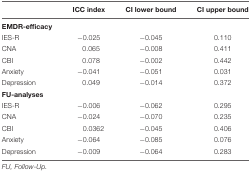
<table><thead><tr><td></td><td><b>ICC index</b></td><td><b>CI lower bound</b></td><td><b>CI upper bound</b></td></tr></thead><tbody><tr><td><b>EMDR-efficacy</b></td><td></td><td></td><td></td></tr><tr><td>IES-R</td><td>–0.025</td><td>–0.045</td><td>0.110</td></tr><tr><td>CNA</td><td>0.065</td><td>–0.008</td><td>0.411</td></tr><tr><td>CBI</td><td>0.078</td><td>–0.002</td><td>0.442</td></tr><tr><td>Anxiety</td><td>–0.041</td><td>–0.051</td><td>0.031</td></tr><tr><td>Depression</td><td>0.049</td><td>–0.014</td><td>0.372</td></tr><tr><td><b>FU-analyses</b></td><td></td><td></td><td></td></tr><tr><td>IES-R</td><td>–0.006</td><td>–0.062</td><td>0.295</td></tr><tr><td>CNA</td><td>–0.024</td><td>–0.070</td><td>0.235</td></tr><tr><td>CBI</td><td>0.0362</td><td>–0.045</td><td>0.406</td></tr><tr><td>Anxiety</td><td>–0.064</td><td>–0.085</td><td>0.076</td></tr><tr><td>Depression</td><td>–0.009</td><td>–0.064</td><td>0.283</td></tr></tbody></table>